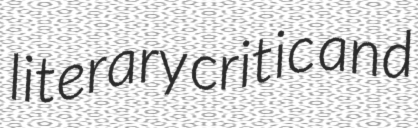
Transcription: literary critic and